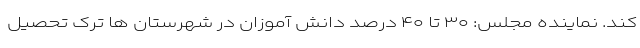
کند. نماینده مجلس: ۳۰ تا ۴۰ درصد دانش ‌آموزان در شهرستان ها ترک تحصیل